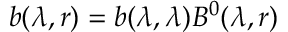
b ( \lambda , r ) = b ( \lambda , \lambda ) B ^ { 0 } ( \lambda , r )